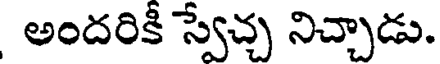
అందరికీ స్వేచ్చ నిచ్చాడు.